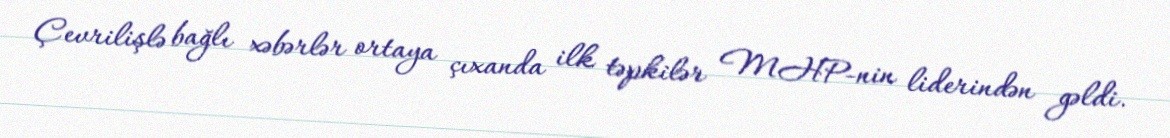
Çevrilişlə bağlı xəbərlər ortaya çıxanda ilk təpkilər MHP-nin liderindən gəldi.